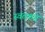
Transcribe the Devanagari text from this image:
स्वतकडे